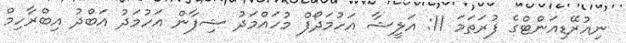
ނިއުރޭޑިއަންޓްގެ ފުރަތަމަ 11: އަލީޝާ އަހުމަދޯފް މުހައްމަދު ޝިފާން އަހުމަދު އަބްދު އިބްރާހިމް